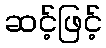
ဆင့်ဖြင့်